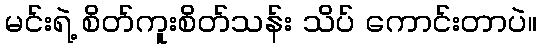
မင်းရဲ့ စိတ်ကူးစိတ်သန်း သိပ် ကောင်းတာပဲ။